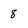
Character: 8